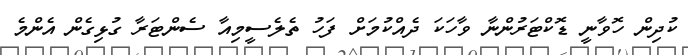
ކުދިން ހޮވާނީ ޑޮކްޓަރުންނާ ވާހަކަ ދެއްކުމަށް ފަހު ތެލެސީމިއާ ސެންޓަރާ ގުޅިގެން އެންމެ